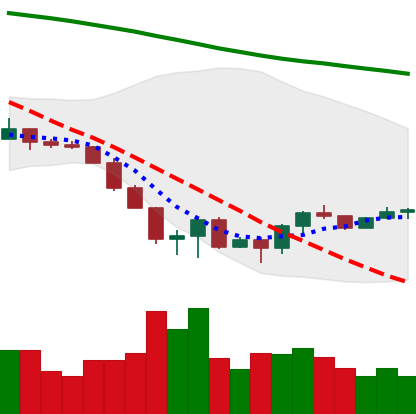
Ticker: ETC-USD
Chart end date: 2022-06-25
Forward return: -9.867%
Label: down_7plus